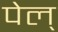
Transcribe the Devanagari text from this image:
पेल्